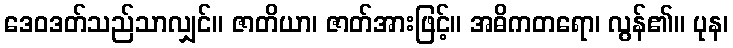
ဒေဝဒတ်သည်သာလျှင်။ ဇာတိယာ၊ ဇာတ်အားဖြင့်။ အဓိကတရော၊ လွန်၏။ ပုန၊